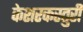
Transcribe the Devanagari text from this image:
केशरकस्तुरी